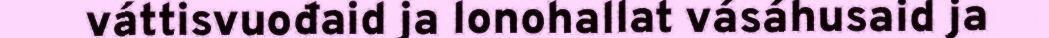
váttisvuođaid ja lonohallat vásáhusaid ja